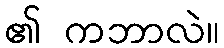
၏ ကဘာလဲ။